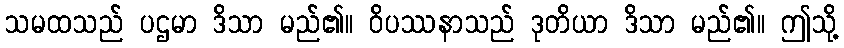
သမထသည် ပဌမာ ဒိသာ မည်၏။ ဝိပဿနာသည် ဒုတိယာ ဒိသာ မည်၏။ ဤသို့